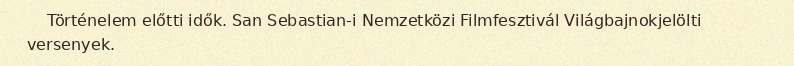
Történelem előtti idők. San Sebastian-i Nemzetközi Filmfesztivál Világbajnokjelölti versenyek.